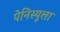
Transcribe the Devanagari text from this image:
पेनिस्युला